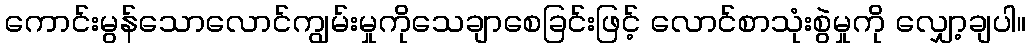
ကောင်းမွန်သောလောင်ကျွမ်းမှုကိုသေချာစေခြင်းဖြင့် လောင်စာသုံးစွဲမှုကို လျှော့ချပါ။